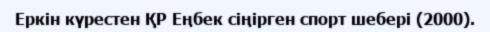
Еркін күрестен ҚР Еңбек сіңірген спорт шебері (2000).